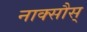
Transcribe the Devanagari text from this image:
नाक्सौस्